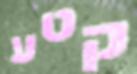
קטע